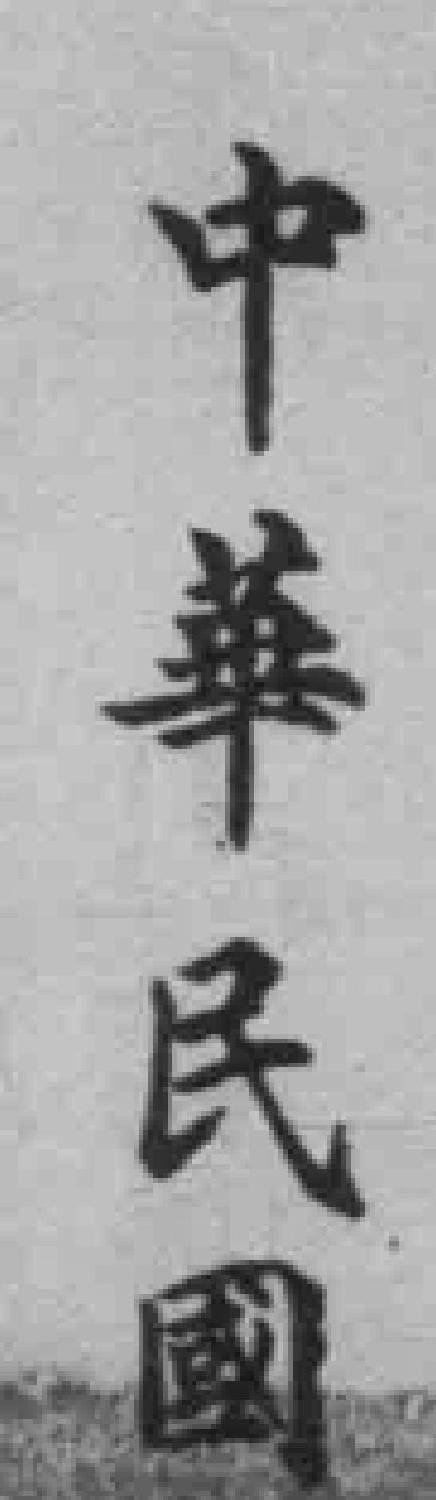
中華民國